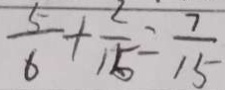
\frac { 5 } { 6 } + \frac { 2 } { 1 5 } = \frac { 7 } { 1 5 }